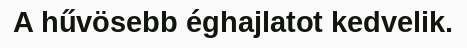
A hűvösebb éghajlatot kedvelik.